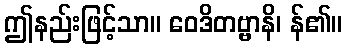
ဤနည်းဖြင့်သာ။ ဝေဒိတဗ္ဗာနိ၊ န်၏။